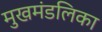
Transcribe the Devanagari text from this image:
मुखमंडलिका